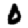
Digit: 0